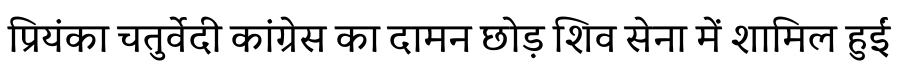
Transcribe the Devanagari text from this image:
प्रियंका चतुर्वेदी कांग्रेस का दामन छोड़ शिव सेना में शामिल हुईं